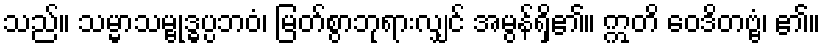
သည်။ သမ္မာသမ္ဗုဒ္ဓပ္ပဘဝံ၊ မြတ်စွာဘုရားလျှင် အမွန်ရှိ၏။ ဣတိ ဝေဒိတဗ္ဗံ၊ ၏။